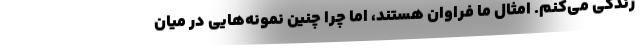
زندگی می‌کنم. امثال ما فراوان هستند، اما چرا چنین نمونه‌هایی در میان